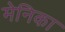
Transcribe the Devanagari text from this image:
मेनिका